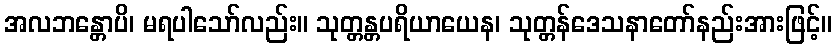
အလဘန္တောပိ၊ မရပါသော်လည်း။ သုတ္တန္တပရိယာယေန၊ သုတ္တန်ဒေသနာတော်နည်းအားဖြင့်။